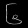
Digit: ၆